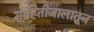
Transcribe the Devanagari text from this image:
माहितीजालातून